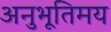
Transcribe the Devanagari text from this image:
अनुभूतिमय